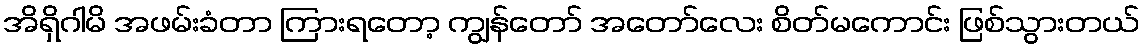
အိရှိဂါမိ အဖမ်းခံတာ ကြားရတော့ ကျွန်တော် အတော်လေး စိတ်မကောင်း ဖြစ်သွားတယ်